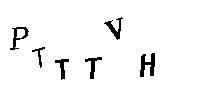
PTTTVH